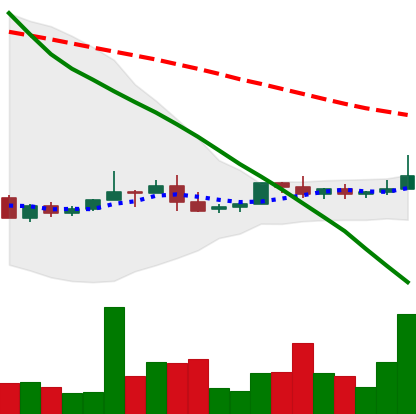
Ticker: NEO-USD
Chart end date: 2022-06-06
Forward return: -10.996%
Label: down_7plus